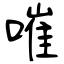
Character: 嗺